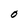
Character: O